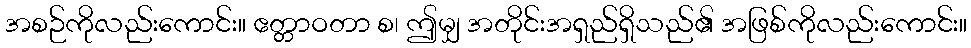
အစဉ်ကိုလည်းကောင်း။ ဧတ္တာဝတာ စ၊ ဤမျှ အတိုင်းအရှည်ရှိသည်၏ အဖြစ်ကိုလည်းကောင်း။